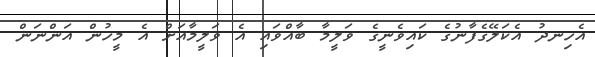
އެހިނދު އެކަލޭގެފާނުގެ ކައިވެނީގެ ވަލީމާ ބާއްވައި އެ ވަލީމާއަށް އެ މީހުން އަންނަން